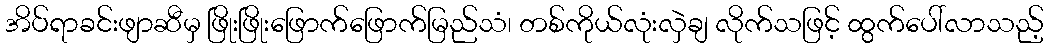
အိပ်ရာခင်းဖျာဆီမှ ဖြိုးဖြိုးဖြောက်ဖြောက်မြည်သံ၊ တစ်ကိုယ်လုံးလှဲချ လိုက်သဖြင့် ထွက်ပေါ်လာသည့်